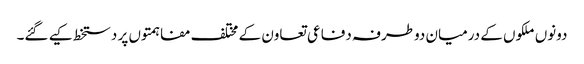
دونوں ملکوں کے درمیان دوطرفہ دفاعی تعاون کے مختلف مفاہمتوں پر دستخط کیے گئے۔